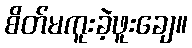
စိတ်မကူးခဲ့ဖူးချေ။